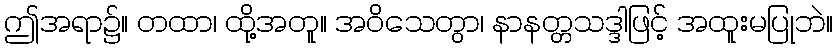
ဤအရာ၌။ တထာ၊ ထို့အတူ။ အဝိသေတွာ၊ နာနတ္တသဒ္ဒါဖြင့် အထူးမပြုဘဲ။